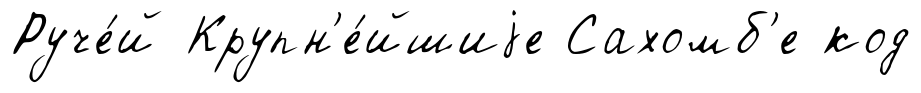
Руче́й Крупн'е́йшиjе Сахомб'е код